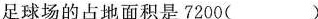
足球场的占地面积是7200()